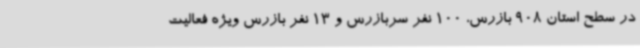
در سطح استان 908 بازرس، 100 نفر سربازرس و 13 نفر بازرس ویژه فعالیت